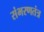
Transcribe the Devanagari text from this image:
संभरणतंत्र